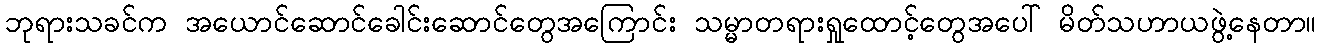
ဘုရားသခင်က အယောင်ဆောင်ခေါင်းဆောင်တွေအကြောင်း သမ္မာတရားရှုထောင့်တွေအပေါ် မိတ်သဟာယဖွဲ့နေတာ။